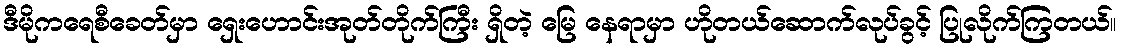
ဒီမိုကရေစီခေတ်မှာ ရှေးဟောင်းအုတ်တိုက်ကြီး ရှိတဲ့ မြေ နေရာမှာ ဟိုတယ်ဆောက်လုပ်ခွင့် ပြုလိုက်ကြတယ်။